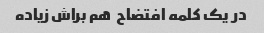
در یک کلمه افتضاح  هم براش زیاده